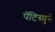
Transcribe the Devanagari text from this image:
पॅटिग्र्युने